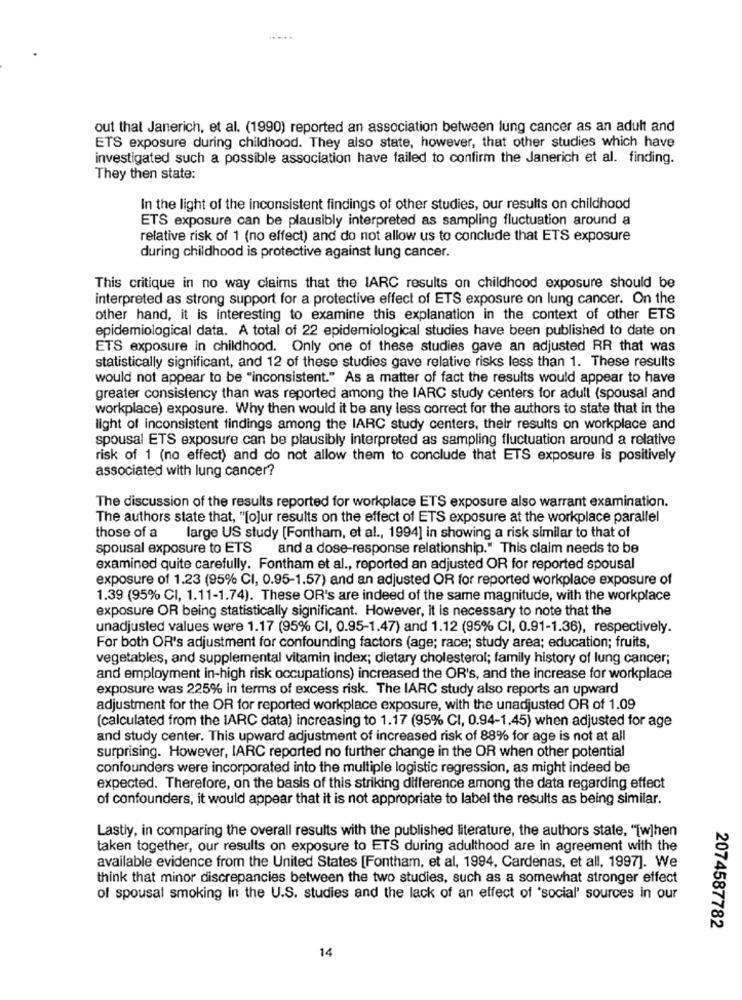
out that Janerich, et al. (1990) reported an association between lung cancer as an adult and
ETS exposure during childhood. They also state, however, that other studies which have
investigated such a possible association have failed to confirm the Janerich et al. finding.
They then state:
In the light of the inconsistent findings of other studies, our results on childhood
ETS exposure can be plausibly interpreted as sampling fluctuation around a
relative risk of 1 (no effect) and do not allow us to conclude that ETS exposure
during childhood is protective against lung cancer.
This critique in no way claims that the IARC results on childhood exposure should be
interpreted as strong support for a protective effect of ETS exposure on lung cancer. On the
other hand, it is interesting to examine this explanation in the context of other ETS
epidemiological data. A total of 22 epidemiological studies have been published to date on
ETS exposure in childhood. Only one of these studies gave an adjusted RR that was
statistically significant, and 12 of these studies gave relative risks less than 1. These results
would not appear to be "inconsistent." As a matter of fact the results would appear to have
greater consistency than was reported among the IARC study centers for adult (spousal and
workplace) exposure. Why then would it be any less correct for the authors to state that in the
light of inconsistent findings among the IARC study centers, their results on workplace and
spousal ETS exposure can be plausibly interpreted as sampling fluctuation around a relative
risk of 1 (no effect) and do not allow them to conclude that ETS exposure is positively
associated with lung cancer?
The discussion of the results reported for workplace ETS exposure also warrant examination.
The authors state that, "[o]ur results on the effect of ETS exposure at the workplace parallel
those of a
large US study [Fontham, et al ., 1994] in showing a risk similar to that of
spousal exposure to ETS
and a dose-response relationship." This claim needs to be
examined quite carefully. Fontham et al ., reported an adjusted OR for reported spousal
exposure of 1.23 (95% CI, 0.95-1.57) and an adjusted OR for reported workplace exposure of
1.39 (95% CI, 1.11-1.74). These OR's are indeed of the same magnitude, with the workplace
exposure OR being statistically significant. However, it is necessary to note that the
unadjusted values were 1.17 (95% CI, 0.95-1.47) and 1.12 (95% CI, 0.91-1.36), respectively.
For both OR's adjustment for confounding factors (age; race; study area; education; fruits,
vegetables, and supplemental vitamin index; dietary cholesterol; family history of lung cancer;
and employment in-high risk occupations) increased the OR's, and the increase for workplace
exposure was 225% in terms of excess risk. The IARC study also reports an upward
adjustment for the OR for reported workplace exposure, with the unadjusted OR of 1.09
(calculated from the IARC data) increasing to 1.17 (95% CI, 0.94-1.45) when adjusted for age
and study center. This upward adjustment of increased risk of 88% for age is not at all
surprising. However, IARC reported no further change in the OR when other potential
confounders were incorporated into the multiple logistic regression, as might indeed be
expected. Therefore, on the basis of this striking difference among the data regarding effect
of confounders, it would appear that it is not appropriate to label the results as being similar.
Lastly, in comparing the overall results with the published literature, the authors state, "[w]hen
taken together, our results on exposure to ETS during adulthood are in agreement with the
available evidence from the United States [Fontham, et al, 1994, Cardenas, et all, 1997]. We
think that minor discrepancies between the two studies, such as a somewhat stronger effect
of spousal smoking in the U.S. studies and the lack of an effect of 'social' sources in our
2074587782
14